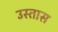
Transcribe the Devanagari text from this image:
उस्तास